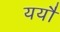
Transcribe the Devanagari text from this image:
ययौ